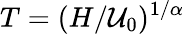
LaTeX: T=(H/\mathcal{U}_{0})^{1/\alpha}